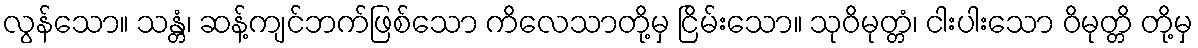
လွန်သော။ သန္တံ၊ ဆန့်ကျင်ဘက်ဖြစ်သော ကိလေသာတို့မှ ငြိမ်းသော။ သုဝိမုတ္တံ၊ ငါးပါးသော ဝိမုတ္တိ တို့မှ